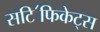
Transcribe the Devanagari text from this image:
सटि॔फिकेट्स